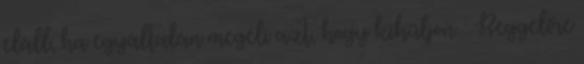
eláll, ha egyáltalán megéli azt, hogy kihűljön : Reggelire